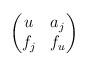
LaTeX: \begin{align*}\begin{pmatrix} u & a_j \\ f_j & f_u\end{pmatrix}\end{align*}